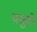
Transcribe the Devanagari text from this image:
वसुदो